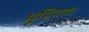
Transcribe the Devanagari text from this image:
भूमिगत।